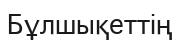
Бұлшықеттің